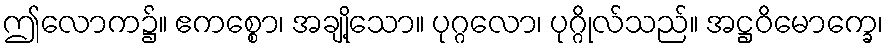
ဤလောက၌။ ဧကစ္စော၊ အချို့သော။ ပုဂ္ဂလော၊ ပုဂ္ဂိုလ်သည်။ အဋ္ဌဝိမောက္ခေ၊